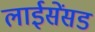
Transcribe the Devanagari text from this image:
लाईसेंसड